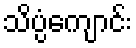
သိပ္ပံကျောင်း